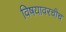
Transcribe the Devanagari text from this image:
विषयावरचीच